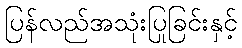
ပြန်လည်အသုံးပြုခြင်းနှင့်